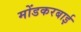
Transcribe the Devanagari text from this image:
मोंडकरबाई